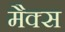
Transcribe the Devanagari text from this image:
मैक्‍स